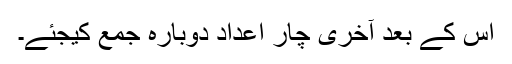
اس کے بعد آخری چار اعداد دوبارہ جمع کیجئے۔